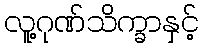
လူ့ဂုဏ်သိက္ခာနှင့်